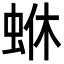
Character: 𮔄